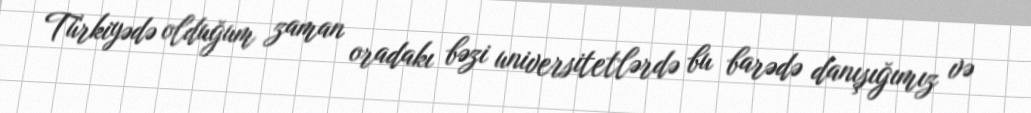
Türkiyədə olduğum zaman oradakı bəzi universitetlərdə bu barədə danışığımız və